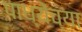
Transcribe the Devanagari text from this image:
पाध्येंच्या